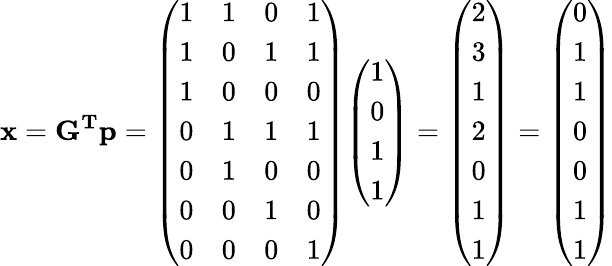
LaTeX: \mathbf{x}=\mathbf{G^{T}}\mathbf{p}={\left(\begin{array}{llll}{1}&{1}&{0}&{1}\\ {1}&{0}&{1}&{1}\\ {1}&{0}&{0}&{0}\\ {0}&{1}&{1}&{1}\\ {0}&{1}&{0}&{0}\\ {0}&{0}&{1}&{0}\\ {0}&{0}&{0}&{1}\end{array}\right)}{\left(\begin{array}{l}{1}\\ {0}\\ {1}\\ {1}\end{array}\right)}={\left(\begin{array}{l}{2}\\ {3}\\ {1}\\ {2}\\ {0}\\ {1}\\ {1}\end{array}\right)}={\left(\begin{array}{l}{0}\\ {1}\\ {1}\\ {0}\\ {0}\\ {1}\\ {1}\end{array}\right)}